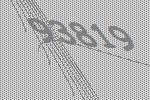
93819